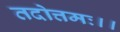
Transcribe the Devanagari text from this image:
तदोत्तमः।।